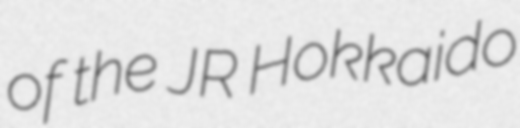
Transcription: of the JR Hokkaido